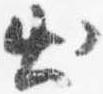
出